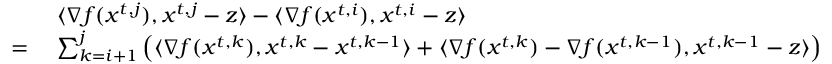
\begin{array} { r l } & { \langle \nabla f ( { x } ^ { t , j } ) , { x } ^ { t , j } - { z } \rangle - \langle \nabla f ( { x } ^ { t , i } ) , { x } ^ { t , i } - { z } \rangle } \\ { = \ } & { \sum _ { k = i + 1 } ^ { j } \left( \langle \nabla f ( { x } ^ { t , k } ) , { x } ^ { t , k } - { x } ^ { t , k - 1 } \rangle + \langle \nabla f ( { x } ^ { t , k } ) - \nabla f ( { x } ^ { t , k - 1 } ) , { x } ^ { t , k - 1 } - { z } \rangle \right) } \end{array}